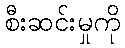
စီးဆင်းမှုကို